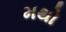
મથો